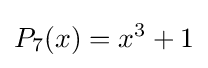
P_{7}(x)=x^{3}+1